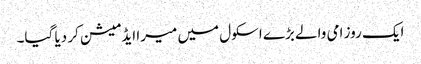
ایک روز امی والے بڑے اسکول میں میرا ایڈمیشن کر دیا گیا۔